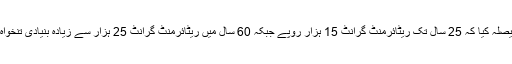
آئی جی سندھ نے فیصلہ کیا کہ 25 سال تک ریٹائرمنٹ گرانٹ 15 ہزار روپے جبکہ 60 سال میں ریٹائرمنٹ گرانٹ 25 ہزار سے زیادہ بنیادی تنخواہ کے مساوی ہوگی۔